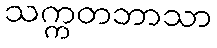
သက္ကတဘာသာ